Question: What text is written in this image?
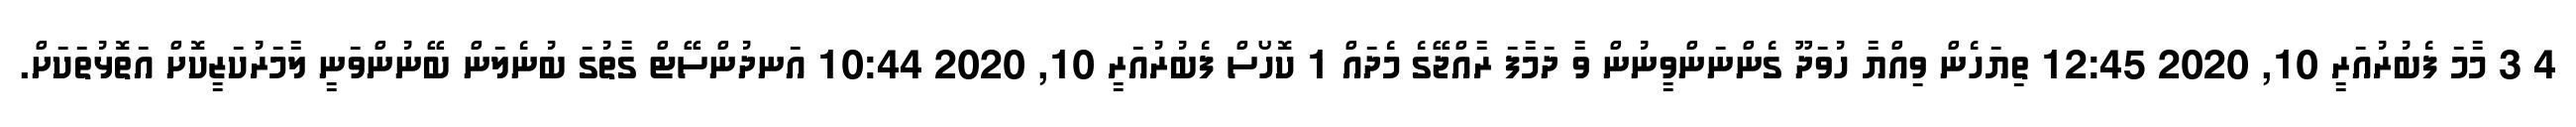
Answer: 4 3 މާމަ ފެބުރުއަރީ 10, 2020 12:45 ތިޔަހެން ވިއްޔާ ހުވަދޫ ގެންނަންވީނުން ވާ ދަމާފަ ރާއްޖޭގެ މެދައް 1 ކޮހޯސް ފެބުރުއަރީ 10, 2020 10:44 އަނދުންސޭޓް ގާތުގަ ބުނެލަން ބޭނުންވަނީ ލާމަރުކަޒީކޮށް އަތޮޅުތަކަށް.